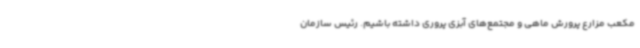
مکعب مزارع پرورش ماهی و مجتمع‌های آبزی پروری داشته باشیم. رئیس سازمان